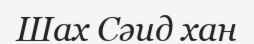
Шах Сәид хан